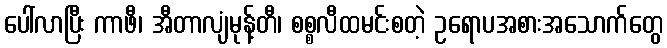
ပေါ်လာပြီး ကာဖီ၊ အီတာလျံမုန့်တီ၊ စစ္စလီထမင်းစတဲ့ ဥရောပအစားအသောက်တွေ